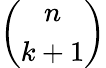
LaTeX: \left(\begin{array}{c}{{n}}\\ {{k+1}}\end{array}\right)